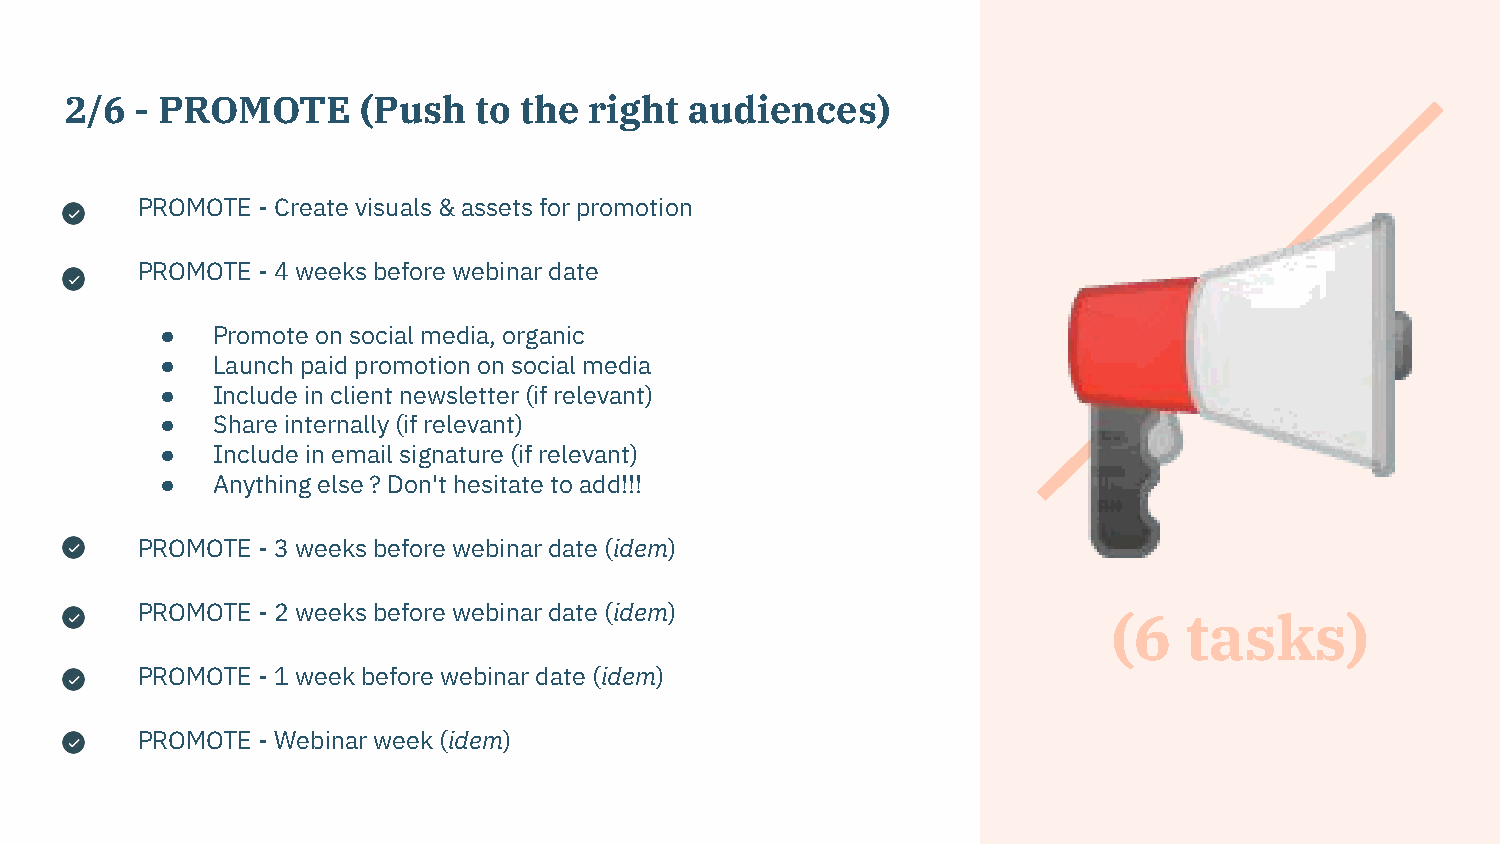
2/6  - PROMOTE      (Push  to the  right  audiences)
 PROMOTE - Create visuals & assets for promotion
 PROMOTE - 4 weeks before webinar date                       📢
 ●  Promote on social media, organic
 ●  Launch paid promotion on social media
 ●  Include in client newsletter (if relevant)
 ●  Share internally (if relevant)
 ●  Include in email signature (if relevant)
 ●  Anything else ? Don't hesitate to add!!!
 PROMOTE - 3 weeks before webinar date (idem)
 PROMOTE - 2 weeks before webinar date (idem)
 (6  tasks)
 PROMOTE - 1 week before webinar date (idem)
 PROMOTE - Webinar week (idem)